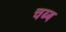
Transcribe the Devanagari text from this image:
चब्ब